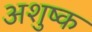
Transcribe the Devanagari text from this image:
अशुष्क